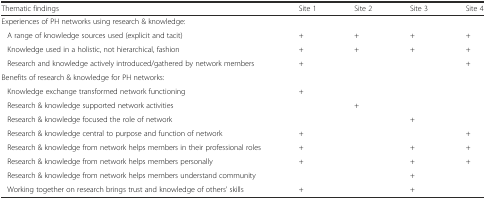
<table><thead><tr><td><b>Thematic findings</b></td><td><b>Site 1</b></td><td><b>Site 2</b></td><td><b>Site 3</b></td><td><b>Site 4</b></td></tr></thead><tbody><tr><td>Experiences of PH networks using research &amp; knowledge:</td><td></td><td></td><td></td><td></td></tr><tr><td>A range of knowledge sources used (explicit and tacit)</td><td>+</td><td>+</td><td>+</td><td>+</td></tr><tr><td>Knowledge used in a holistic, not hierarchical, fashion</td><td>+</td><td>+</td><td>+</td><td>+</td></tr><tr><td>Research and knowledge actively introduced/gathered by network members</td><td>+</td><td></td><td></td><td>+</td></tr><tr><td>Benefits of research &amp; knowledge for PH networks:</td><td></td><td></td><td></td><td></td></tr><tr><td>Knowledge exchange transformed network functioning</td><td>+</td><td></td><td></td><td></td></tr><tr><td>Research &amp; knowledge supported network activities</td><td></td><td>+</td><td></td><td></td></tr><tr><td>Research &amp; knowledge focused the role of network</td><td></td><td></td><td>+</td><td></td></tr><tr><td>Research &amp; knowledge central to purpose and function of network</td><td>+</td><td></td><td></td><td>+</td></tr><tr><td>Research &amp; knowledge from network helps members in their professional roles</td><td>+</td><td></td><td>+</td><td>+</td></tr><tr><td>Research &amp; knowledge from network helps members personally</td><td>+</td><td></td><td>+</td><td>+</td></tr><tr><td>Research &amp; knowledge from network helps members understand community</td><td></td><td></td><td>+</td><td></td></tr><tr><td>Working together on research brings trust and knowledge of others’ skills</td><td>+</td><td></td><td>+</td><td></td></tr></tbody></table>